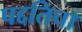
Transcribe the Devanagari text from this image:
पद्दतिचा